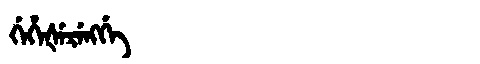
Manchu: ᡤᡝᡥᡝᡧᡝᡵᡝᠩᡤᡝ
Romanization: GEHEŠERENGGE